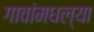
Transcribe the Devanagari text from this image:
गावांमधल्या